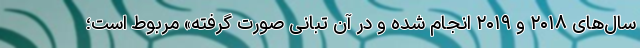
سال‌های ۲۰۱۸ و ۲۰۱۹ انجام شده و در آن تبانی صورت گرفته» مربوط است؛